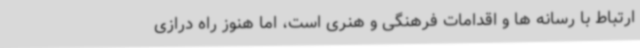
ارتباط با رسانه ها و اقدامات فرهنگی و هنری است، اما هنوز راه درازی